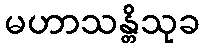
မဟာသန္တိသုခ